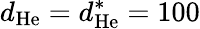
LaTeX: d_{\mathrm{He}}=d_{\mathrm{He}}^{\ast}=100